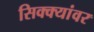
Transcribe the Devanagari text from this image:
सिक्क्यांवर